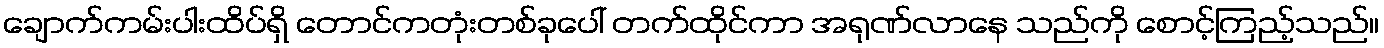
ချောက်ကမ်းပါးထိပ်ရှိ တောင်ကတုံးတစ်ခုပေါ် တက်ထိုင်ကာ အရုဏ်လာနေ သည်ကို စောင့်ကြည့်သည်။